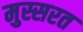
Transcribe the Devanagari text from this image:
मुस्सरत